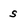
Character: s